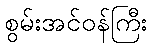
စွမ်းအင်ဝန်ကြီး